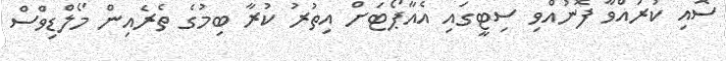
ސޮއި ކުރައްވާ ފޮނުއްވި ސިޓީގައި އެއާޕޯޓަށް އިތުރު ކުރާ ބިމުގެ ތެރެއިން މޯލްޑިވްސް